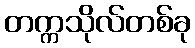
တက္ကသိုလ်တစ်ခု